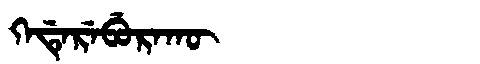
Manchu: ᡴᡝᡩᡝᡵᡝᠪᡠᡵᠠᡴᡡ
Romanization: KEDEREBURAKŪ